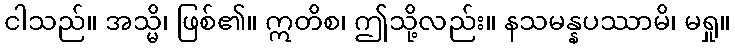
ငါသည်။ အသ္မိ၊ ဖြစ်၏။ ဣတိစ၊ ဤသို့လည်း။ နသမန္နပဿာမိ၊ မရှု။